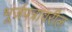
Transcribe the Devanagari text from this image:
भूर्जपत्रावरील